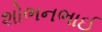
શોભનભાઈ